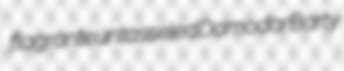
flagrante untasseled Damodar Barty